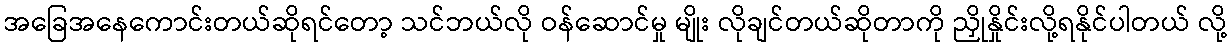
အခြေအနေကောင်းတယ်ဆိုရင်တော့ သင်ဘယ်လို ဝန်ဆောင်မှု မျိုး လိုချင်တယ်ဆိုတာကို ညှိုနှိုင်းလို့ရနိုင်ပါတယ် လို့